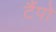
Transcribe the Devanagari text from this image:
टैंपो